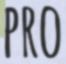
PRO